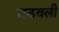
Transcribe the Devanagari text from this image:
मठवली